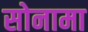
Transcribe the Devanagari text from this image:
सोनामा